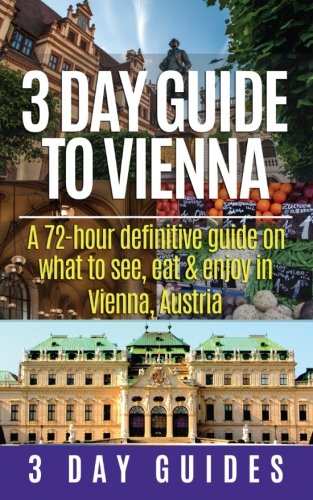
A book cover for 3 Day Guide to Vienna: A 72-hour definitive guide on what to see, eat and enjoy in Vienna, Austria (3 Day Travel Guides) (Volume 3); 3 Day City Guides; Travel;